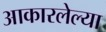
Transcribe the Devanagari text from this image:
आकारलेल्या